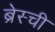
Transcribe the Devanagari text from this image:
ब्रेस्ची